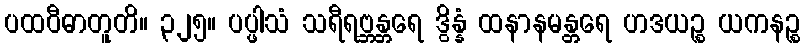
ပထဝီဓာတူတိ။ ၃၂၅။ ပပ္ဖါသံ သရီရဗ္ဘန္တရေ ဒွိန္နံ ထနာနမန္တရေ ဟဒယဉ္စ ယကနဉ္စ